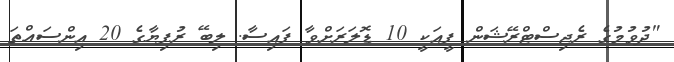
"ދުވުމުގެ ރެޖިސްޓްރޭޝަން ފީއަކީ 10 ޑޮލަރަށްވާ ފައިސާ. ލިބޭ ރުފިޔާގެ 20 އިންސައްތަ